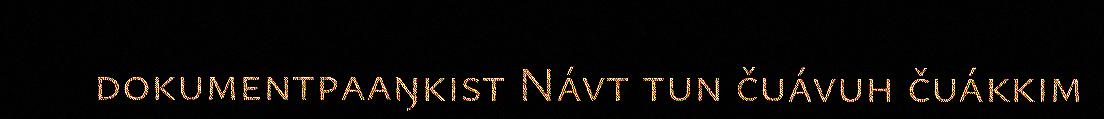
dokumentpaaŋkist Návt tun čuávuh čuákkim